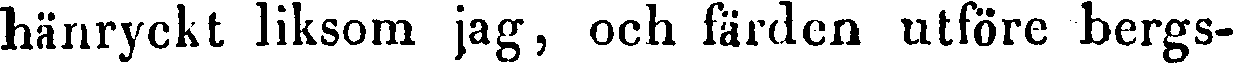
hänryckt liksom jag, och färden utföre bergs-